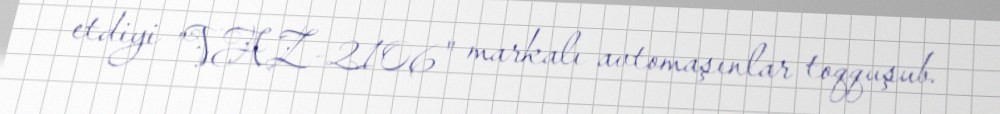
etdiyi ”VAZ-2106" markalı avtomaşınlar toqquşub.